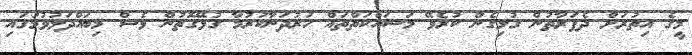
މީގެ އިތުރަށް ދެފަރާތުން ގުޅިގެން ކުރެވޭ މަސައްކަތްތައް ހަރުދަނާކުރުމާ ގުޅޭގޮތުން ވެސް މިބައްދަލުވުމުގައި